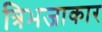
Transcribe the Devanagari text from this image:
त्रिभजाकार